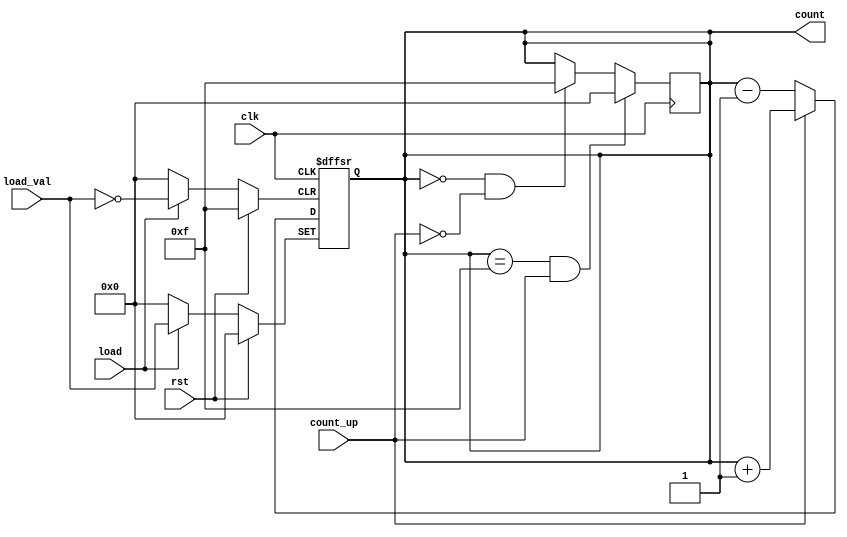
module AsyncLoadCounter(
    input wire clk,              // Clock input
    input wire rst,              // Asynchronous reset
    input wire load,             // Asynchronous load
    input wire [3:0] load_val,   // Value to load (4-bit for example)
    input wire count_up,         // Direction control signal
    output reg [3:0] count       // Current count value (4-bit)
);

// Asynchronous Reset Logic
always @(posedge clk or posedge rst or posedge load) begin
    if (rst) begin
        count <= 4'b0000;        // Reset the count to 0 (or any preferred initial value)
    end else if (load) begin
        count <= load_val;       // Load the specified value asynchronously
    end else begin
        // Synchronous counting logic
        if (count_up) begin
            count <= count + 1;  // Increment the count
        end else begin
            count <= count - 1;  // Decrement the count
        end
    end
end

// Overflow and Underflow Logic
always @(posedge clk) begin
    if (count == 4'b1111 && count_up) begin
        count <= 4'b0000;  // Wrap around on overflow
    end else if (count == 4'b0000 && !count_up) begin
        count <= 4'b1111;  // Wrap around on underflow
    end
end

endmodule